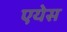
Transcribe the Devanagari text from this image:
एयेस